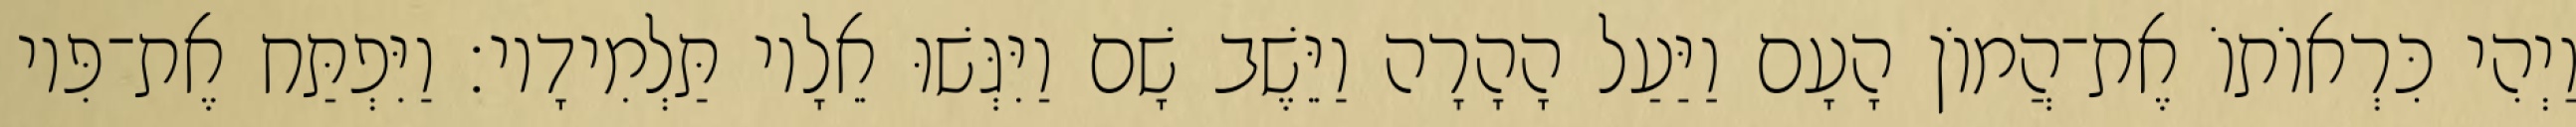
וַיְהִי כִּרְאוֹתוֹ אֶת־הֲמוֹן הָעָם וַיַּעַל הָהָרָה וַיֵּשֶׁב שָׁם וַיִּגְּשׁוּ אֵלָיו תַּלְמִידָיו׃ וַיִּפְתַּח אֶת־פִּיו